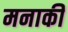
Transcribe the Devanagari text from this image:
मनाकी